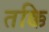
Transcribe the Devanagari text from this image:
तक्कि